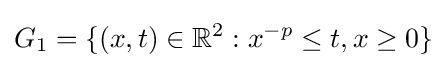
G_{1}=\{(x,t)\in \mathbb {R} ^{2}:x^{-p}\leq t,x\geq 0\}